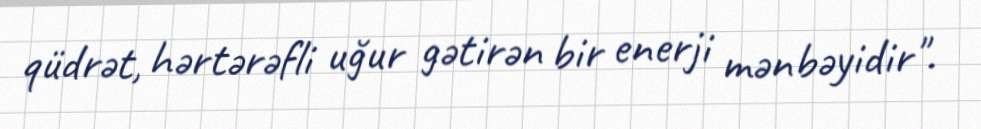
qüdrət, hərtərəfli uğur gətirən bir enerji mənbəyidir".